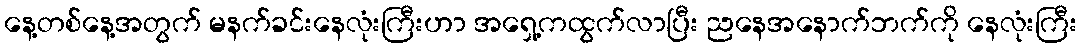
နေ့တစ်နေ့အတွက် မနက်ခင်းနေလုံးကြီးဟာ အရှေ့ကထွက်လာပြီး ညနေအနောက်ဘက်ကို နေလုံးကြီး